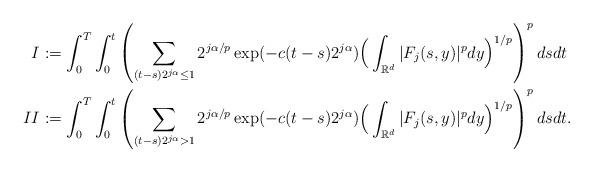
LaTeX: \begin{align*}I &:= \int_{0}^{T} \int_{0}^{t} \left(\sum_{(t-s)2^{j\alpha}\le1} 2^{j\alpha/p} \exp(-c(t-s)2^{j\alpha}) \Big(\int_{{\mathbb R}^d} |F_{j}(s,y)|^{p} dy\Big)^{1/p} \right)^{p} dsdt \\II &:= \int_{0}^{T} \int_{0}^{t} \left(\sum_{(t-s)2^{j\alpha}>1} 2^{j\alpha/p} \exp(-c(t-s)2^{j\alpha}) \Big(\int_{{\mathbb R}^d} |F_{j}(s,y)|^{p} dy\Big)^{1/p} \right)^{p} dsdt.\end{align*}